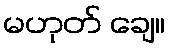
မဟုတ် ချေ။